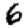
Digit: 6